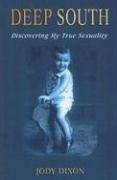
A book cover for Deep South: Discovering My True Sexuality; Jody Dixon; Gay & Lesbian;